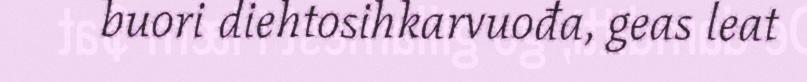
buori diehtosihkarvuođa, geas leat